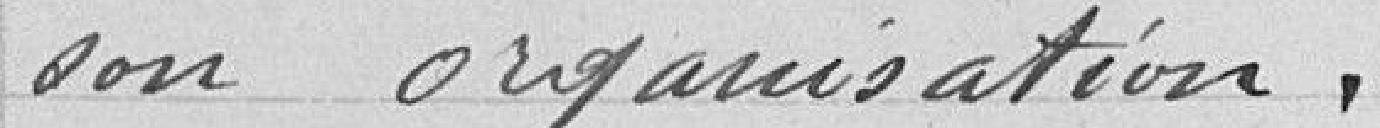
son organisation.